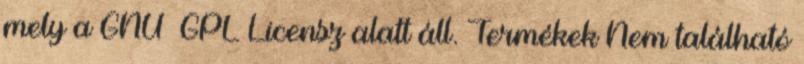
mely a GNU GPL Licensz alatt áll. Termékek Nem található